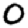
Digit: 0